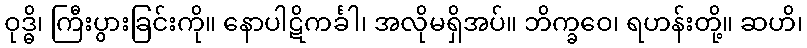
ဝုဒ္ဓိ၊ ကြီးပွားခြင်းကို။ နောပါဋိကင်္ခါ၊ အလိုမရှိအပ်။ ဘိက္ခဝေ၊ ရဟန်းတို့။ ဆဟိ၊